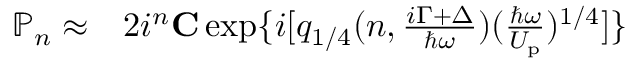
\begin{array} { r l } { \mathbb { P } _ { n } \approx } & { { } 2 i ^ { n } { \bf C } \exp \{ i [ q _ { 1 / 4 } ( n , \frac { i \Gamma + \Delta } { \hbar \omega } ) ( \frac { \hbar \omega } { U _ { \mathrm { p } } } ) ^ { 1 / 4 } ] \} } \end{array}